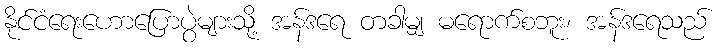
နိုင်ငံရေးဟောပြောပွဲများသို့ အန်ဒရေ တခါမျှ မရောက်စဘူး၊ အန်ဒရေသည်